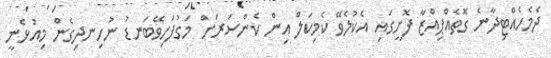
ދެމެހެއްޓިދާނެ ގޮތެއްޕިއްޒާ ފޮށީގައި އެކުލެވޭ ކެމިކަލް އިން ކެންސަރަށް މަގުފަހިވޭބަނޑު ނުހިނދިގެން މިއުޅެނީ